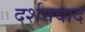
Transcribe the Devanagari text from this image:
दर्शनवाद